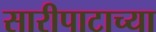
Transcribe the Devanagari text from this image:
सारीपाटाच्या